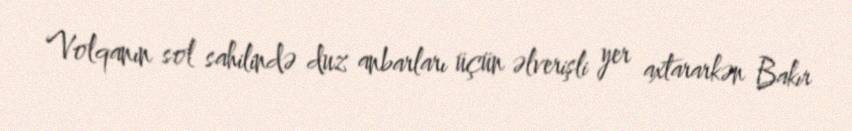
Volqanın sol sahilində duz anbarları üçün əlverişli yer axtararkən Bakır